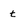
Character: t